Indian journal of veterinary science and animal husbandry - Volume 11,
Year: 1941
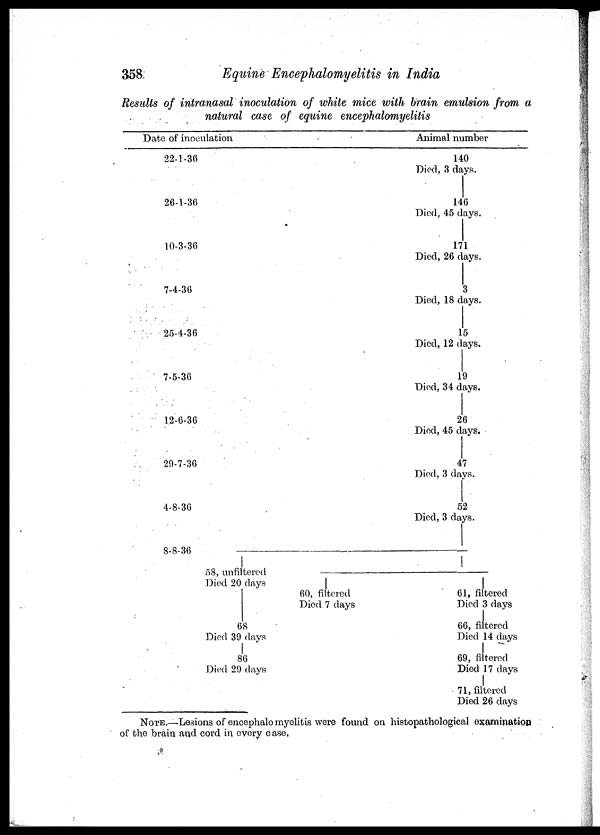
358
Equine Encephalomyelitis in India
Results of intranasal inoculation of white mice with brain emulsion from a
natural case of equine encephalomyelitis
Date of inoculation
22-1-36
26-1-36
10-3-36
7-4-36
25-4-36
7-5-36
12-6-36
29-7-36
4-8-36
8-8-36
58, unfiltered
Died 20 days
68
Died 39 days
86
Died 29 days
60, filtered
Died. 7 days
Animal number
140
Died, 3 days.
146
Died, 45 days.
171
Died, 26 days.
3
Died, 18 days.
15
Died, 12 days.
19
Died, 34 days.
26
Died, 45 days.
47
Died, 3 days.
52
Died, 3 days.
61, filtered
Died 3 days
66, filtered
Died 14 days
69, filtered
Died 17 days
71, filtered
Died 26 days
NOTE.—Lesions of encephalomyelitis were found on histopathologieal examination
of the brain and cord in every case,